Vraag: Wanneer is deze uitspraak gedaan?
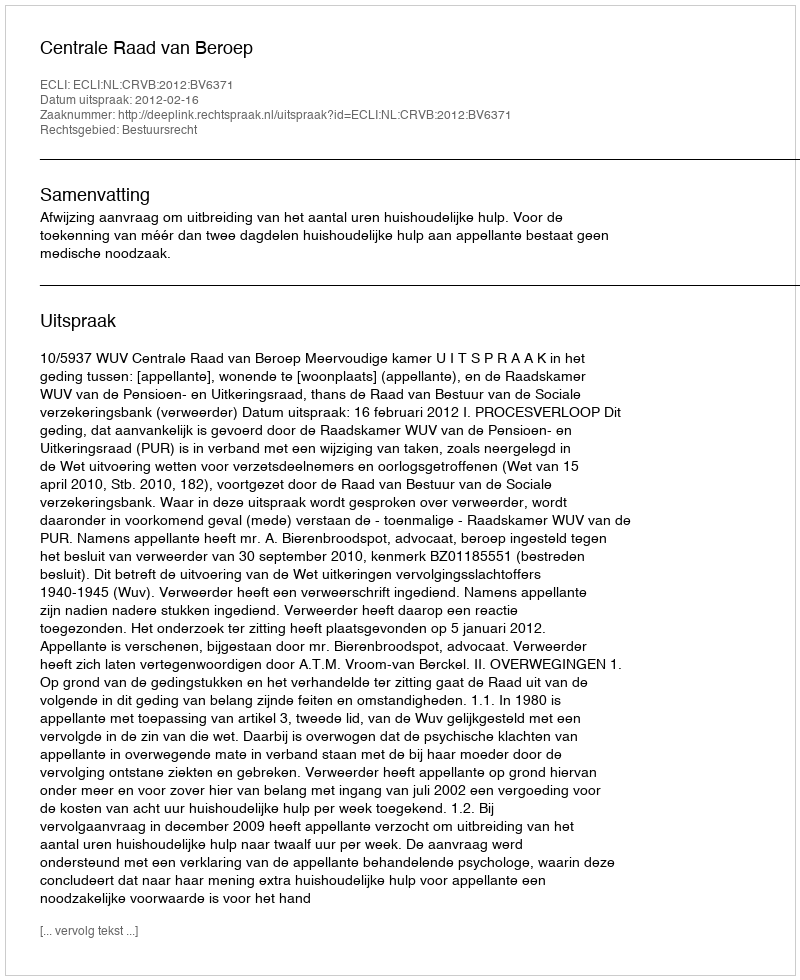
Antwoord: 2012-02-16